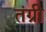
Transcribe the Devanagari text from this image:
तंग्री